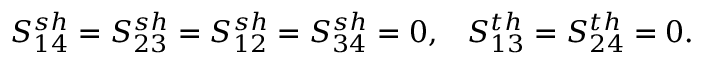
\begin{array} { r } { { S _ { 1 4 } ^ { s h } = S _ { 2 3 } ^ { s h } = S _ { 1 2 } ^ { s h } = S _ { 3 4 } ^ { s h } = 0 , } \quad { S _ { 1 3 } ^ { t h } = S _ { 2 4 } ^ { t h } = 0 } . } \end{array}